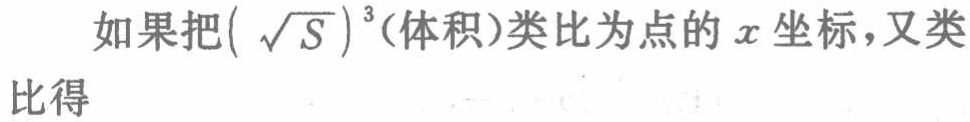
如果把\((\sqrt{S})^{3}\)(体积)类比为点的\(x\)坐标，又类比得